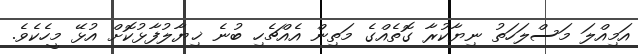
އަމިއްލަ މަސްލަހަތު ނިޔާކުރާ ގޮތެއްގެ މަތިން އެއްޗެހި ބުނެ ޚިޔާލުފާޅުކޮށް އުޅޭ މީހެކެވެ.